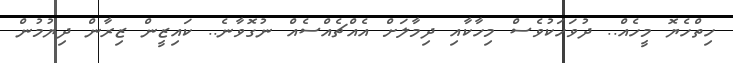
ހިތްހެޔޮ މީހެއް.. ދުވަހަކުވެސް މިހާކާއި ދިމާލަށް އެއްޗެއްސެއް ނުގޮވާނެ.. ކައިޒީން ޒިރާން ދިޔުމުން